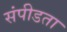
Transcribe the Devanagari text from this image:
संपीडता